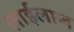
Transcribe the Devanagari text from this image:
लाईलाज